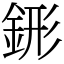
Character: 䤯